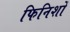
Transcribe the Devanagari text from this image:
फिनिशों